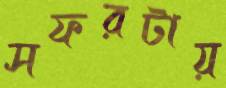
সফরটায়